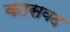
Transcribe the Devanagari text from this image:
कासवद